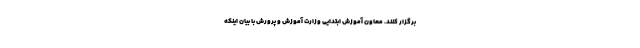
برگزار کنند. معاون آموزش ابتدایی وزارت آموزش و پرورش با بیان اینکه